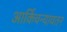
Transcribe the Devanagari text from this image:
आर्किचन्यायतन